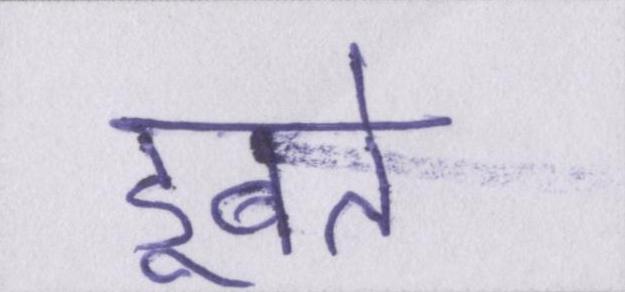
डूबते